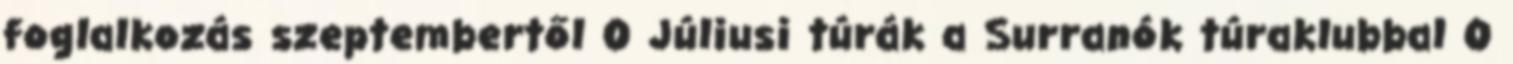
foglalkozás szeptembertől 0 Júliusi túrák a Surranók túraklubbal 0